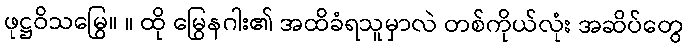
ဖုဋ္ဌဝိသမြွေ။ ။ ထို မြွေနဂါး၏ အထိခံရသူမှာလဲ တစ်ကိုယ်လုံး အဆိပ်တွေ